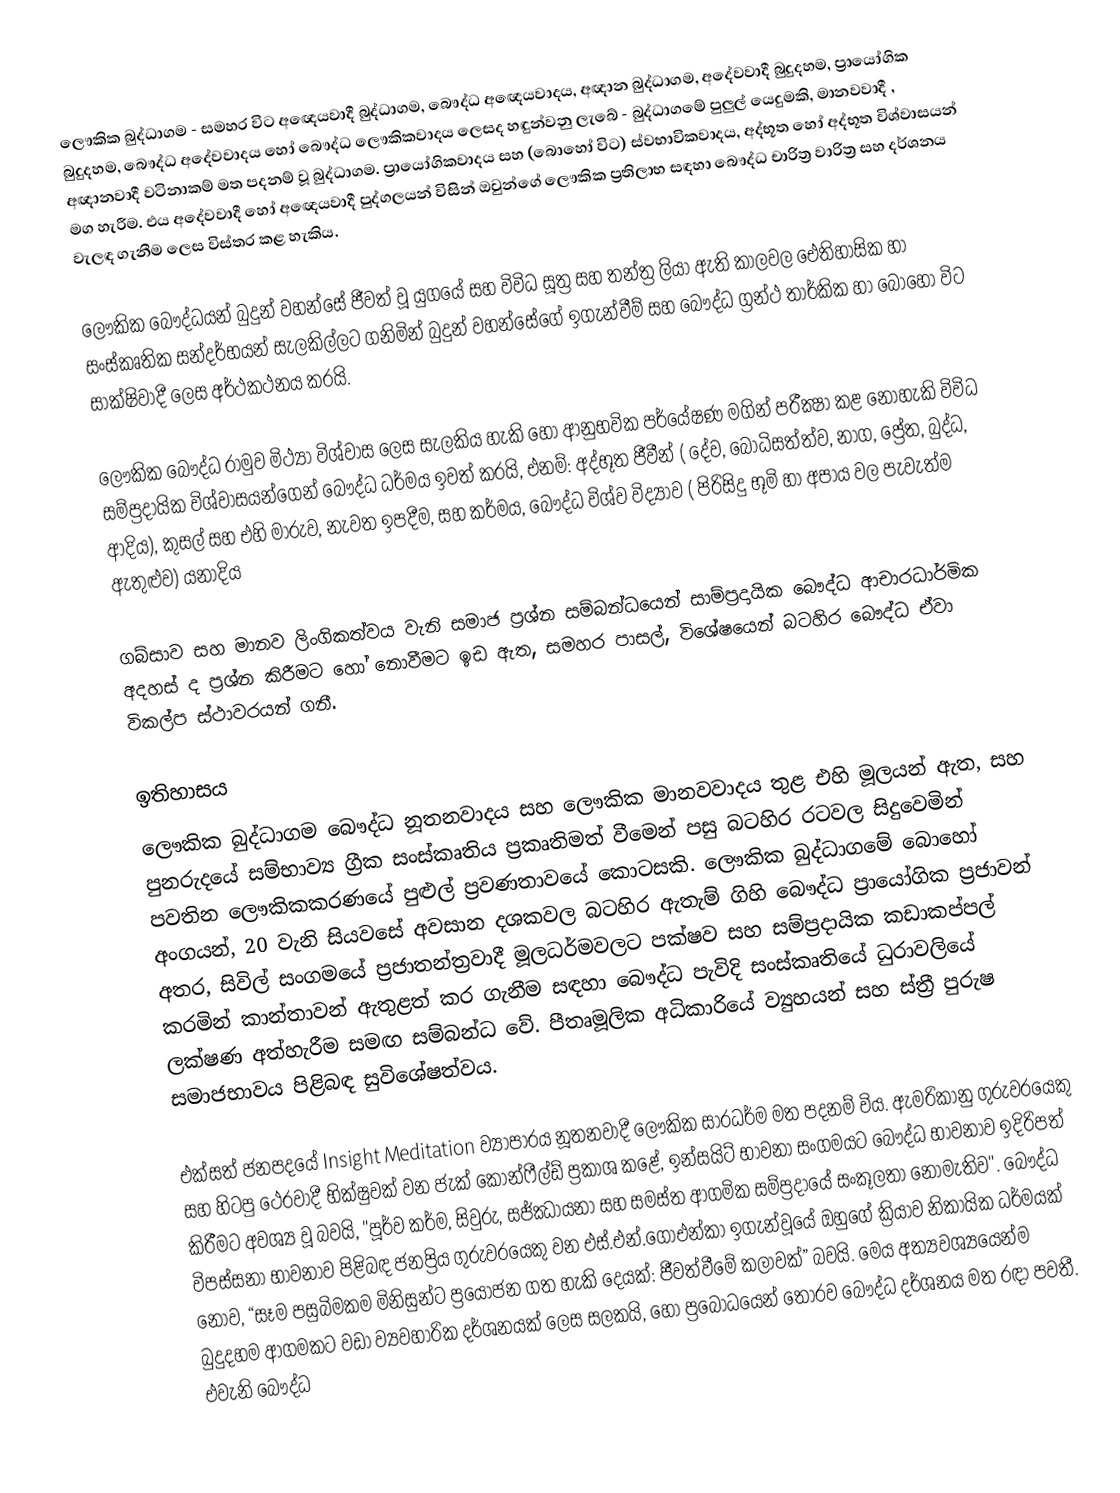
ලෞකික බුද්ධාගම - සමහර විට අඥෙයවාදී බුද්ධාගම, බෞද්ධ අඥෙයවාදය, අඥාන බුද්ධාගම, අදේවවාදී බුදුදහම, ප්‍රායෝගික බුදුදහම, බෞද්ධ අදේවවාදය හෝ බෞද්ධ ලෞකිකවාදය ලෙසද හඳුන්වනු ලැබේ - බුද්ධාගමේ පුලුල් යෙදුමකි, මානවවාදී , අඥානවාදී වටිනාකම් මත පදනම් වූ බුද්ධාගම. ප්‍රායෝගිකවාදය සහ (බොහෝ විට) ස්වභාවිකවාදය, අද්භූත හෝ අද්භූත විශ්වාසයන් මග හැරීම. එය අදේවවාදී හෝ අඥෙයවාදී පුද්ගලයන් විසින් ඔවුන්ගේ ලෞකික ප්‍රතිලාභ සඳහා බෞද්ධ චාරිත්‍ර වාරිත්‍ර සහ දර්ශනය වැලඳ ගැනීම ලෙස විස්තර කළ හැකිය.

ලෞකික බෞද්ධයන් බුදුන් වහන්සේ ජීවත් වූ යුගයේ සහ විවිධ සූත්‍ර සහ තන්ත්‍ර ලියා ඇති කාලවල ඓතිහාසික හා සංස්කෘතික සන්දර්භයන් සැලකිල්ලට ගනිමින් බුදුන් වහන්සේගේ ඉගැන්වීම් සහ බෞද්ධ ග්‍රන්ථ තාර්කික හා බොහෝ විට සාක්ෂිවාදී ලෙස අර්ථකථනය කරයි.

ලෞකික බෞද්ධ රාමුව මිථ්‍යා විශ්වාස ලෙස සැලකිය හැකි හෝ ආනුභවික පර්යේෂණ මගින් පරීක්‍ෂා කළ නොහැකි විවිධ සම්ප්‍රදායික විශ්වාසයන්ගෙන් බෞද්ධ ධර්මය ඉවත් කරයි, එනම්: අද්භූත ජීවීන් ( දේව, බෝධිසත්ත්ව, නාග, ප්‍රේත, බුද්ධ, ආදිය), කුසල් සහ එහි මාරුව, නැවත ඉපදීම, සහ කර්මය,  බෞද්ධ විශ්ව විද්‍යාව ( පිරිසිදු භූමි හා අපාය වල පැවැත්ම ඇතුළුව) යනාදිය

ගබ්සාව සහ මානව ලිංගිකත්වය වැනි සමාජ ප්‍රශ්න සම්බන්ධයෙන් සාම්ප්‍රදායික බෞද්ධ ආචාරධාර්මික අදහස් ද ප්‍රශ්න කිරීමට හෝ නොවීමට ඉඩ ඇත, සමහර පාසල්, විශේෂයෙන් බටහිර බෞද්ධ ඒවා විකල්ප ස්ථාවරයන් ගනී.

ඉතිහාසය
ලෞකික බුද්ධාගම බෞද්ධ නූතනවාදය සහ ලෞකික මානවවාදය තුළ එහි මූලයන් ඇත,  සහ පුනරුදයේ සම්භාව්‍ය ග්‍රීක සංස්කෘතිය ප්‍රකෘතිමත් වීමෙන් පසු බටහිර රටවල සිදුවෙමින් පවතින ලෞකිකකරණයේ පුළුල් ප්‍රවණතාවයේ කොටසකි. ලෞකික බුද්ධාගමේ බොහෝ අංගයන්, 20 වැනි සියවසේ අවසාන දශකවල බටහිර ඇතැම් ගිහි බෞද්ධ ප්‍රායෝගික ප්‍රජාවන් අතර, සිවිල් සංගමයේ ප්‍රජාතන්ත්‍රවාදී මූලධර්මවලට පක්ෂව සහ සම්ප්‍රදායික කඩාකප්පල් කරමින් කාන්තාවන් ඇතුළත් කර ගැනීම සඳහා බෞද්ධ පැවිදි සංස්කෘතියේ ධුරාවලියේ ලක්ෂණ අත්හැරීම සමඟ සම්බන්ධ වේ. පීතෘමූලික අධිකාරියේ ව්‍යුහයන් සහ ස්ත්‍රී පුරුෂ සමාජභාවය පිළිබඳ සුවිශේෂත්වය.

එක්සත් ජනපදයේ Insight Meditation ව්‍යාපාරය නූතනවාදී ලෞකික සාරධර්ම මත පදනම් විය. ඇමරිකානු ගුරුවරයෙකු සහ හිටපු ථෙරවාදී භික්ෂුවක් වන ජැක් කෝන්ෆීල්ඩ් ප්‍රකාශ කළේ, ඉන්සයිට් භාවනා සංගමයට බෞද්ධ භාවනාව ඉදිරිපත් කිරීමට අවශ්‍ය වූ බවයි, "පූර්ව කර්ම, සිවුරු, සජ්ඣායනා සහ සමස්ත ආගමික සම්ප්‍රදායේ සංකූලතා නොමැතිව".  බෞද්ධ විපස්සනා භාවනාව පිළිබඳ ජනප්‍රිය ගුරුවරයෙකු වන එස්.එන්.ගොඑන්කා ඉගැන්වූයේ ඔහුගේ ක්‍රියාව නිකායික ධර්මයක් නොව, “සෑම පසුබිමකම මිනිසුන්ට ප්‍රයෝජන ගත හැකි දෙයක්: ජීවත්වීමේ කලාවක්” බවයි.  මෙය අත්‍යවශ්‍යයෙන්ම බුදුදහම ආගමකට වඩා ව්‍යවහාරික දර්ශනයක් ලෙස සලකයි,  හෝ ප්‍රබෝධයෙන් තොරව බෞද්ධ දර්ශනය මත රඳා පවතී. එවැනි බෞද්ධ